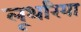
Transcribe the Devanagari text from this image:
लूथरिया